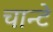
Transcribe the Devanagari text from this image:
चान्टे